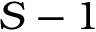
S - 1